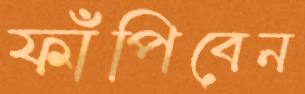
ফাঁপিবেন